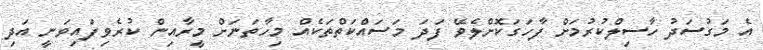
އެ މަގުސަދު ހާސިލްކުރުމަށް ފާހަގަކޮށްލެވޭ ފަދަ މަސައްކަތްތަކެއް މިހާތަނަށް މީރާއިން ކުރެވިފައިވަނީ އަދި